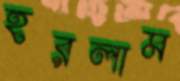
হরলাম